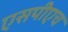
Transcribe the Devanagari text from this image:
एसपीएच